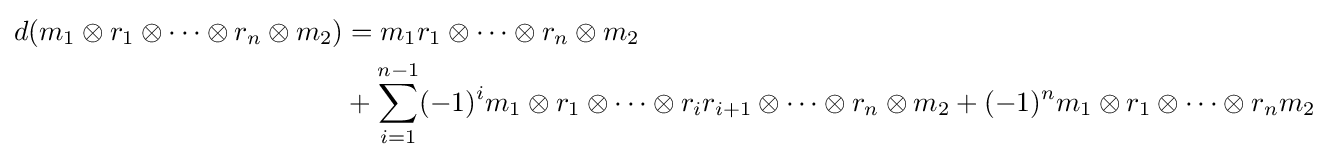
{\begin{aligned}d(m_{1}\otimes r_{1}\otimes \cdots \otimes r_{n}\otimes m_{2})&=m_{1}r_{1}\otimes \cdots \otimes r_{n}\otimes m_{2}\\&+\sum _{i=1}^{n-1}(-1)^{i}m_{1}\otimes r_{1}\otimes \cdots \otimes r_{i}r_{i+1}\otimes \cdots \otimes r_{n}\otimes m_{2}+(-1)^{n}m_{1}\otimes r_{1}\otimes \cdots \otimes r_{n}m_{2}\end{aligned}}